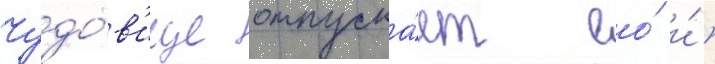
Чудо́в'ище отпуска́ет ео́ и́